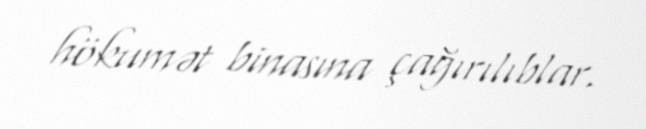
hökumət binasına çağırılıblar.